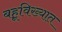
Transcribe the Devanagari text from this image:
बहूविख्यात